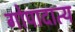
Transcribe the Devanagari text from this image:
गोपादात्य